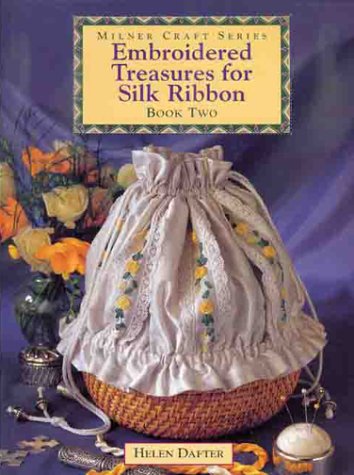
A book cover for Embroidered Treasures for Silk Ribbon - Book Two; Helen Dafter; Crafts, Hobbies & Home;